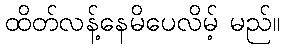
ထိတ်လန့်နေမိပေလိမ့် မည်။